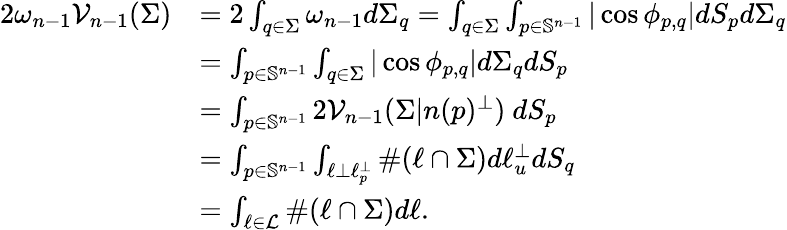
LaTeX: \begin{array}{rl}{2\omega_{n-1}\mathcal{V}_{n-1}(\Sigma)}&{=2\int_{q\in\Sigma}\omega_{n-1}d\Sigma_{q}=\int_{q\in\Sigma}\int_{p\in\mathbb{S}^{n-1}}|\cos\phi_{p,q}|dS_{p}d\Sigma_{q}}\\ &{=\int_{p\in\mathbb{S}^{n-1}}\int_{q\in\Sigma}|\cos\phi_{p,q}|d\Sigma_{q}dS_{p}}\\ &{=\int_{p\in\mathbb{S}^{n-1}}2\mathcal{V}_{n-1}(\Sigma|n(p)^{\perp})\ dS_{p}}\\ &{=\int_{p\in\mathbb{S}^{n-1}}\int_{\ell\perp\ell_{p}^{\perp}}\# (\ell\cap\Sigma)d\ell_{u}^{\perp}dS_{q}}\\ &{=\int_{\ell\in\mathcal{L}}\# (\ell\cap\Sigma)d\ell.}\end{array}